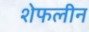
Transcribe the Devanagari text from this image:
शेफलीन